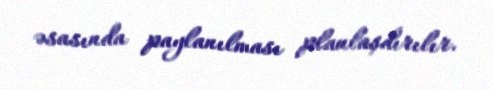
əsasında paylanılması planlaşdırılır.